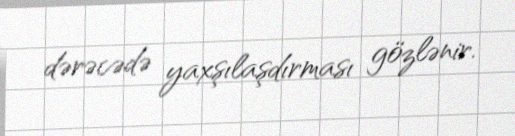
dərəcədə yaxşılaşdırması gözlənir.